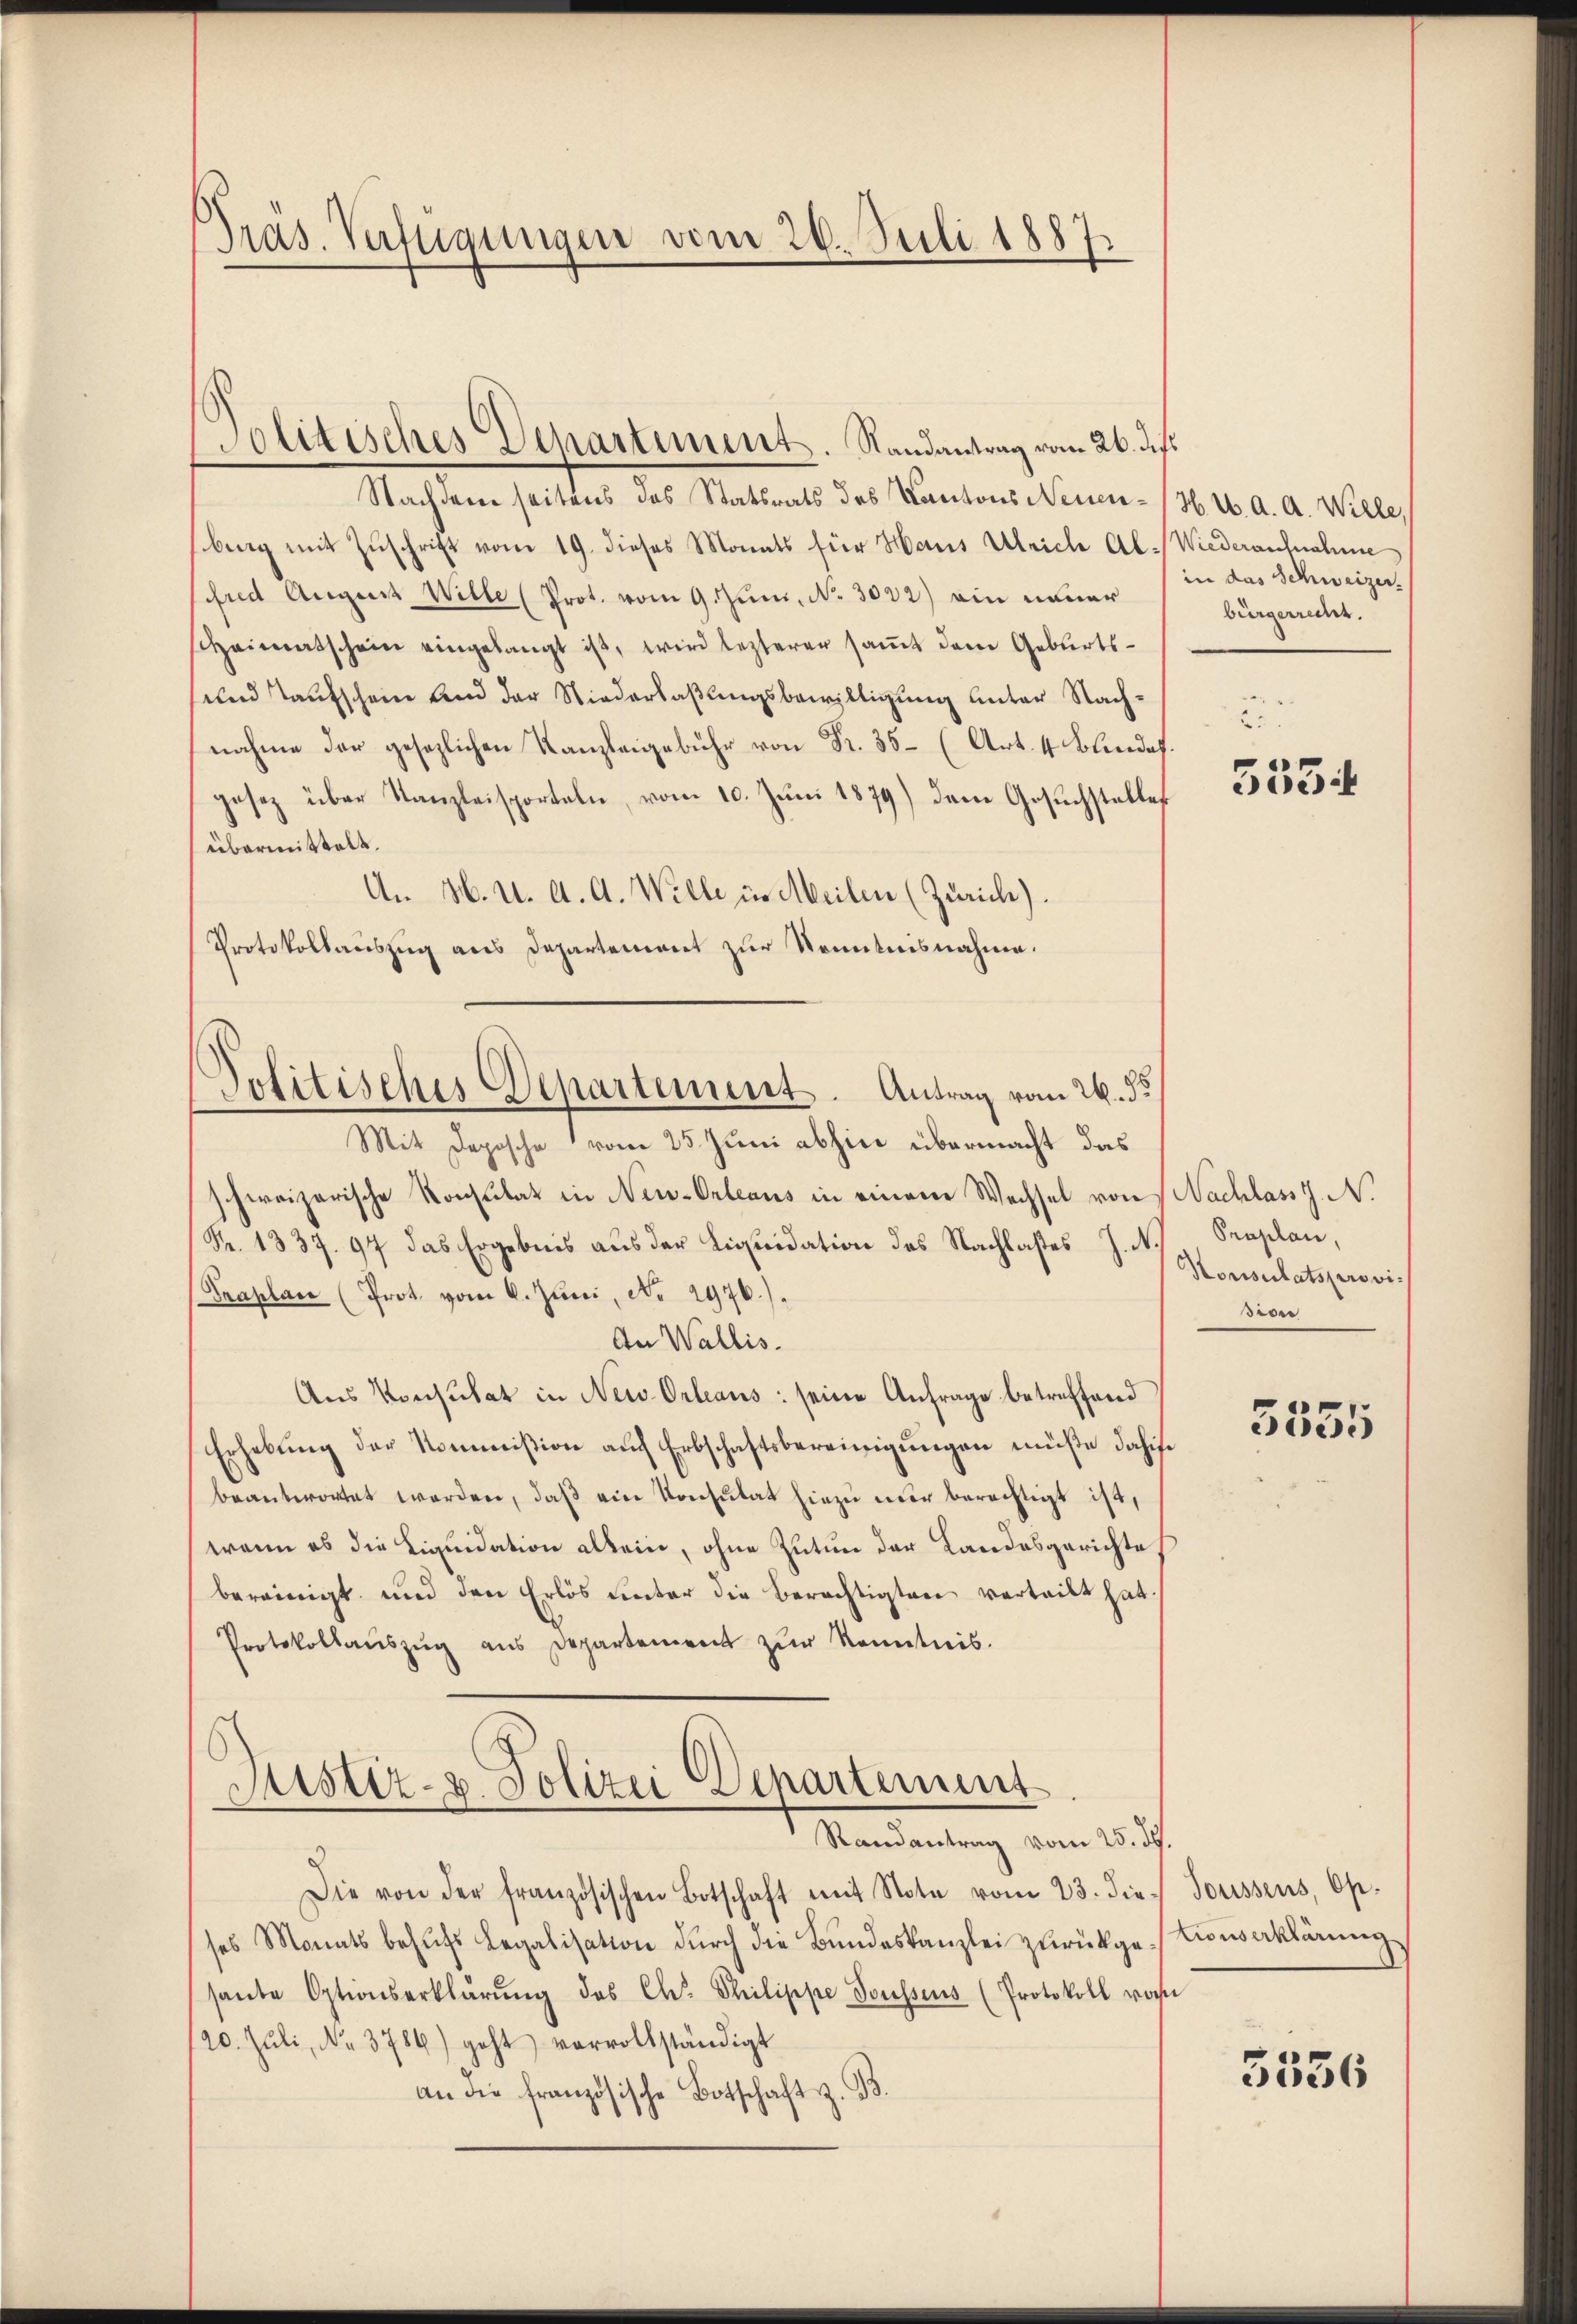
Pras. Verfügungen vom 26. Juli 1887.

Nachdem seitens des Statsrats des Kantons Neuen-H. u. a. a. Wille,
bing mit Zuschrift vom 19. dieses Monats für Haus Ulriche Al-Wiederaufnahme
fred August Wille (Prot. vom 9. Juni, No. 3032) ein einer
sheimatschein eingelangt ist, wird lezterer saṁt dem Geburts¬
und Taufschein und der Niederlaßungsbewilligung unter Nachnahme der gesezlichen Kanzleigebühr von Fr. 35 (Art. 4 Blindes
gesetz über Kanzleisporteln, vom 10. Jŭni 1879) dem Gesŭchstelles
übermittelt.
An M. u. A. A. Wille in Meilen (Zürich).
Protokollauszug aus Departement zur Kenntnisnahme.
Politisches Departement. Antrag vom 26. d.

Solitisches Departiment. Randantrag vom 26. d. h.

Mit Deposche vom 25. Juni abhin übermacht das
schweizerische Konsulat in Neu-Orleaus in einem Wechsel von Nachlasst. N.
(Nr. 1337. 97 das Ergebnis aus der Liquidation des Nachlastes J. N.
Praplan (Prot. vom 6. Juni, No. 2976.).
An Wallis.
Aus Konsulat in New-Orleaus: seine Anfrage betreffend
Erhebung der Nommißion auf Erbschaftsbereinigungen müße dahis.
beantwortet worden, daß ein Konsulat hiezu ner berechtigt ist,
wenn es die Liquidation allein, ohne Zutun der Landesgerichte
bereinigt und den Erlös unter die Berechtigten verteilt hat
Protokollaŭszŭg ans Departement zŭr Kenntnis.
Justiz- & Polizei Departement
Randantrag vom 25. ds.
Die von der französischen Botschaft mit Note vom 23. die Toussens, Op.
ses Monats behŭfs Legalisation dŭrch die Bŭndeskanzlei zŭrückge-Cowerklärung
sante Optionserklärŭng des Chr. Philippe Toussens (Protokoll von
120. Jŭli, No. 3786) geht vervollständigt
an die französische Botschaft z. B.

in das Schweizer.
bürgerrecht.

e
deik

Praplan,
Honsulatsprovisione

3555

3556